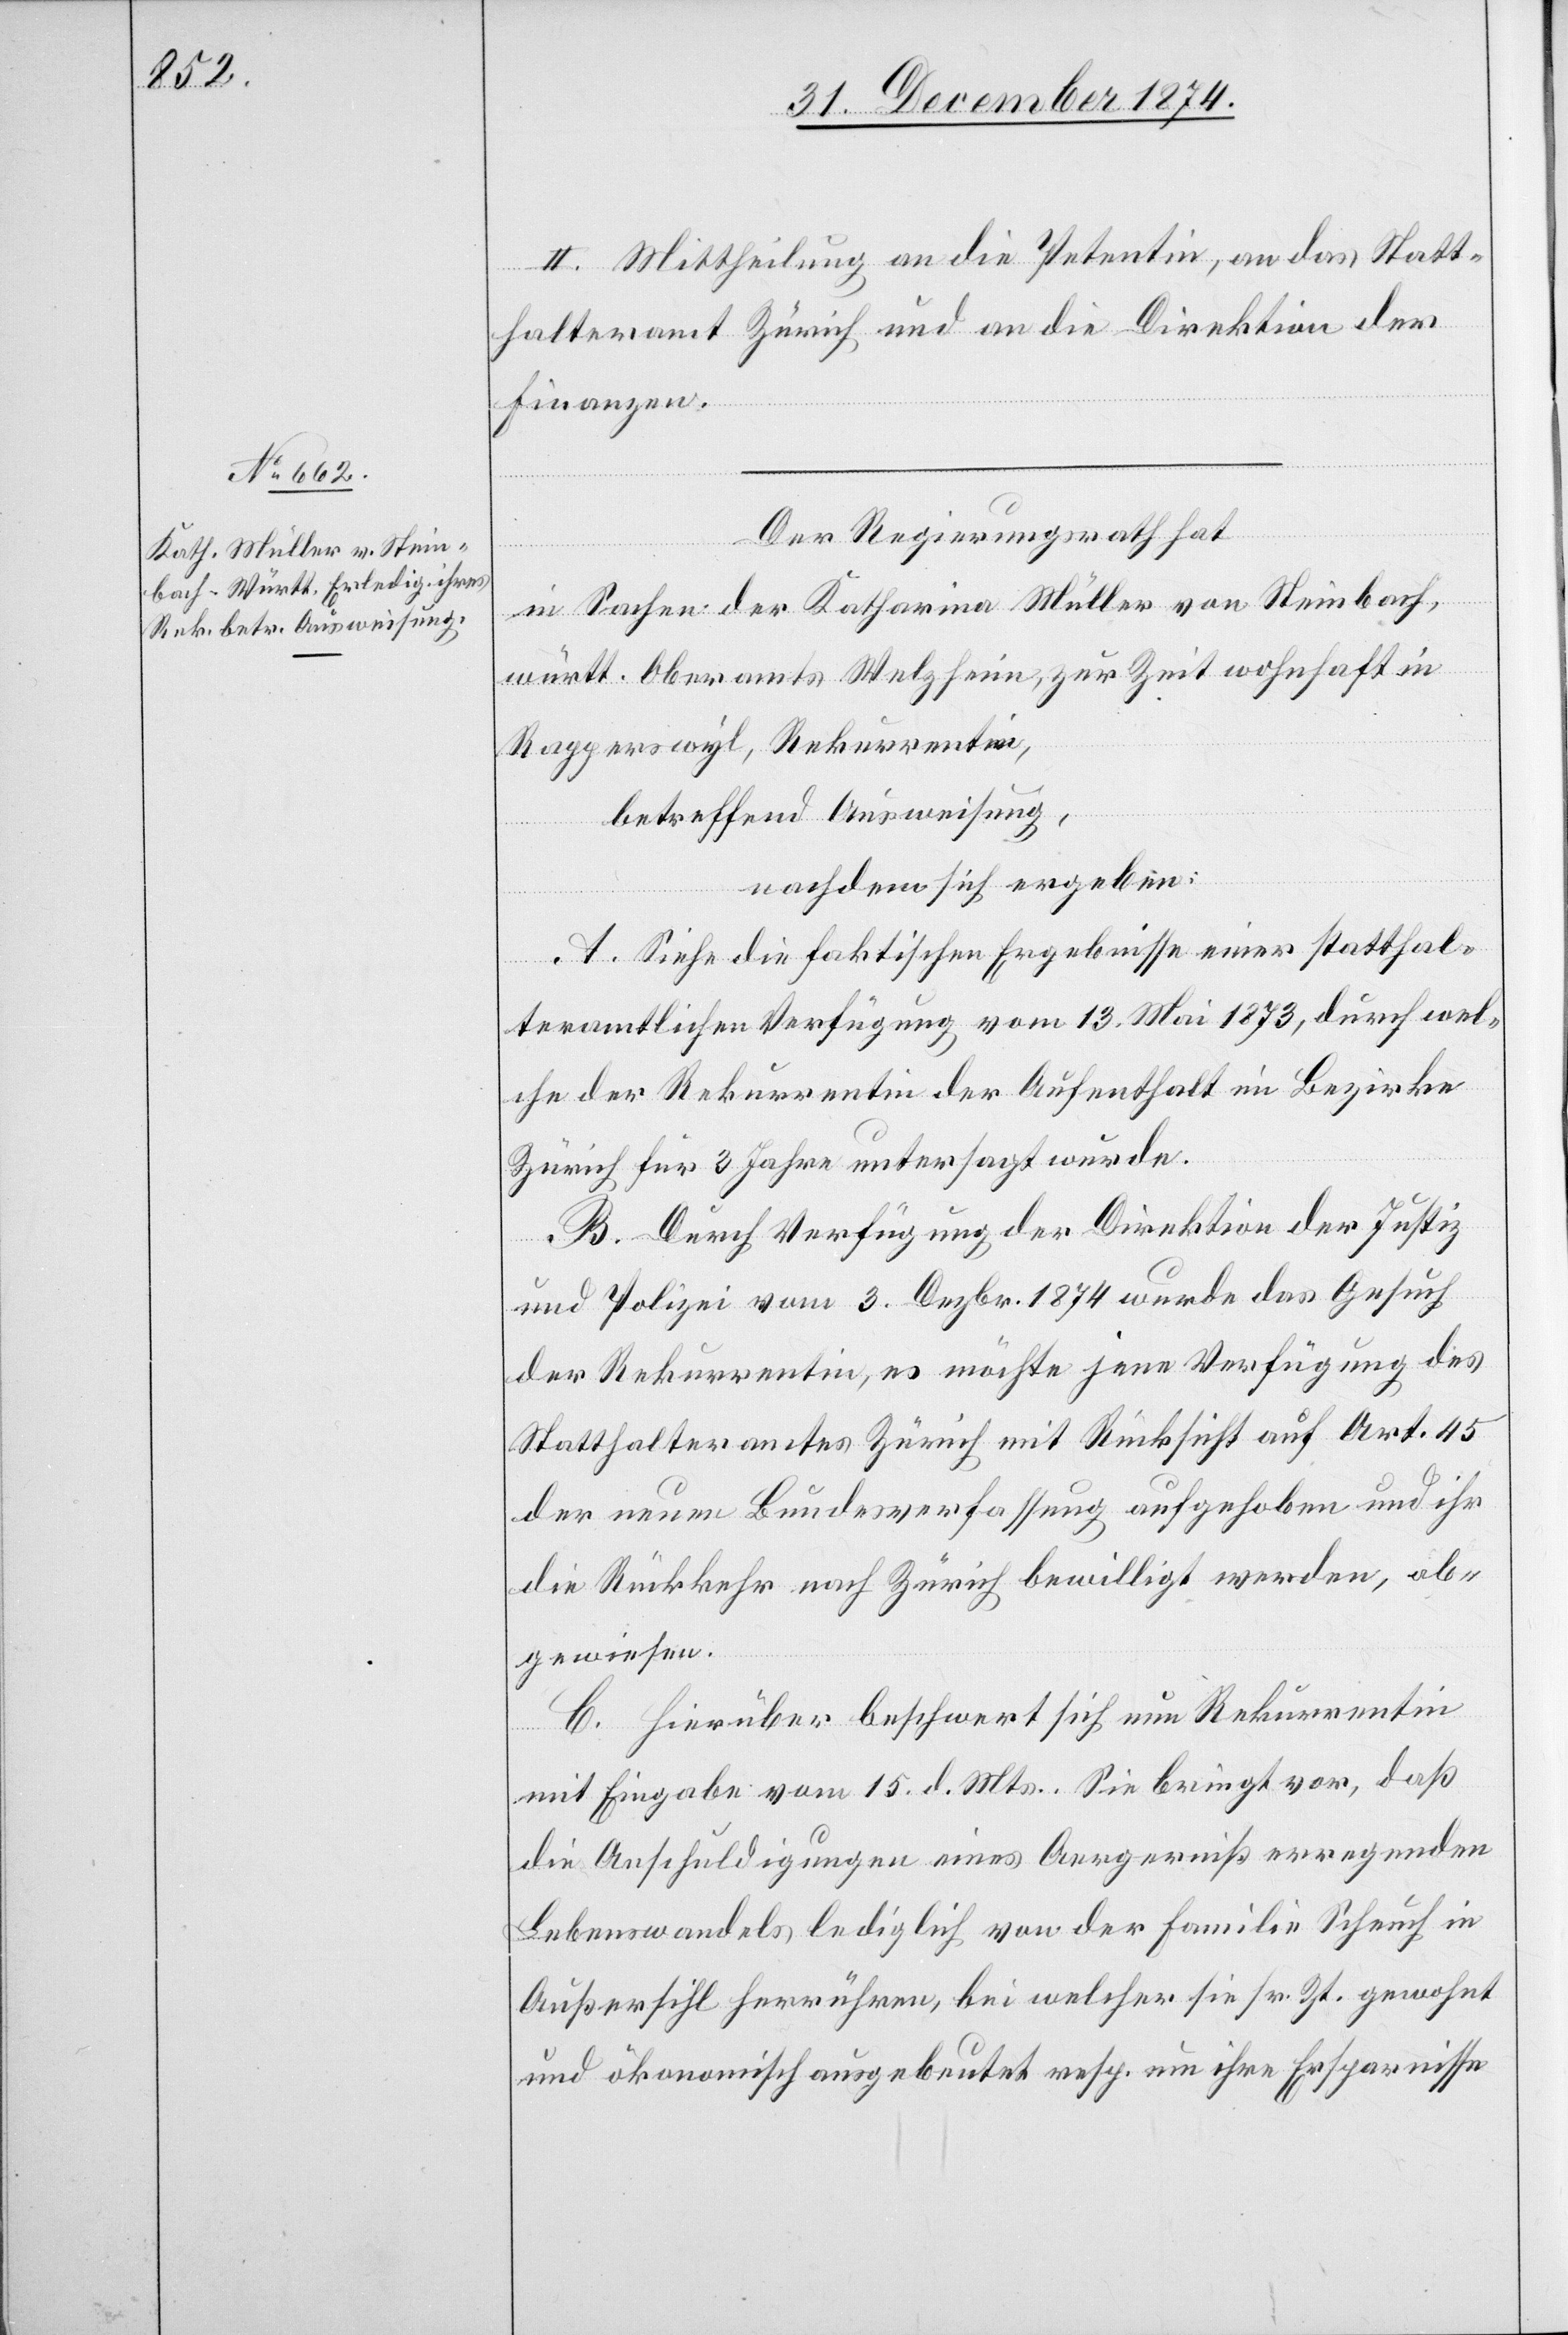
II. Mittheilung an die Petentin, an das Statt¬
halteramt Zürich und an die Direktion der
Finanzen.
Der Regierungsrath hat
in Sachen der Katharina Müller von Steinbach,
württ. Oberamts Welzheim, zur Zeit wohnhaft in
Rapperswyl, Rekurrentin,
betreffend Ausweisung,
nachdem sich ergeben:
A. Siehe die faktischen Ergebnisse einer statthal¬
teramtlichen Verfügung vom 13. Mai 1873, durch wel¬
che der Rekurrentin der Aufenthalt im Bezirke
Zürich für 3 Jahre untersagt wurde.
B. Durch Verfügung der Direktion der Justiz
und Polizei vom 3. Dezbr. 1874 wurde das Gesuch
der Rekurrentin, es möchte jene Verfügung des
Statthalteramtes Zürich mit Rücksicht auf Art. 45
der neuen Bundesverfassung aufgehoben und ihr
die Rückkehr nach Zürich bewilligt werden, ab¬
gewiesen.
C. Hierüber beschwert sich nun Rekurrentin
mit Eingabe vom 15. d. Mts. Sie bringt vor, daß
die Anschuldigungen eines Aergerniß erregenden
Lebenswandels lediglich von der Familie Scheuch in
Außersihl herrühren, bei welcher sie sr. Zt. gewohnt
und ökonomisch ausgebeutet resp. um ihre Ersparnisse